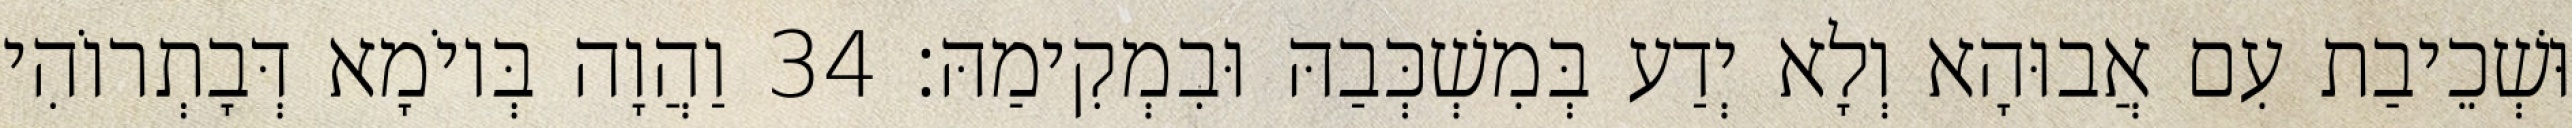
וּשְׁכֵיבַת עִם אֲבוּהָא וְלָא יְדַע בְּמִשְׁכְּבַהּ וּבִמְקִימַהּ׃ 34 וַהֲוָה בְּיוֹמָא דְּבָתְרוֹהִי